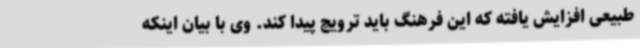
طبیعی افزایش یافته که این فرهنگ باید ترویج پیدا کند. وی با بیان اینکه